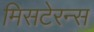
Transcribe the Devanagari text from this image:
मिसटेरन्स